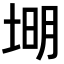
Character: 𪣦